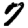
Digit: 7